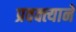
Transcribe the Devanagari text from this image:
प्रवक्त्याने